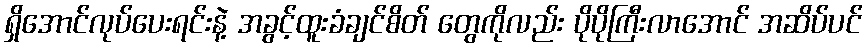
ရှိအောင်လုပ်ပေးရင်းနဲ့ အခွင့်ထူးခံချင်စိတ် တွေကိုလည်း ပိုပိုကြီးလာအောင် အဆိပ်ပင်